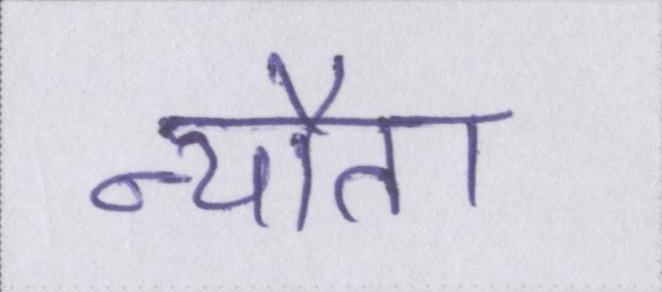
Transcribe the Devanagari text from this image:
न्यौता